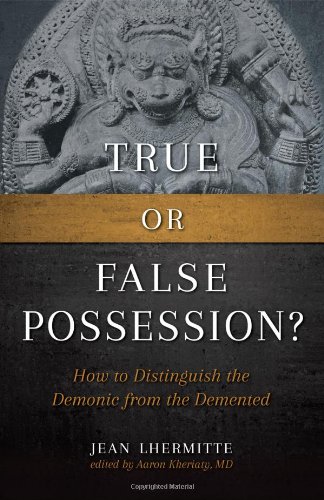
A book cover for True or False Possession: How to Distinguish the Demonic from the Demented; Jean Lhermitte; Religion & Spirituality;